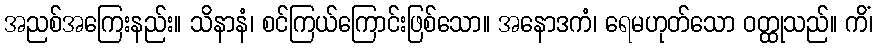
အညစ်အကြေးနည်း။ သိနာနံ၊ စင်ကြယ်ကြောင်းဖြစ်သော။ အနောဒကံ၊ ရေမဟုတ်သော ဝတ္ထုသည်။ ကိံ၊